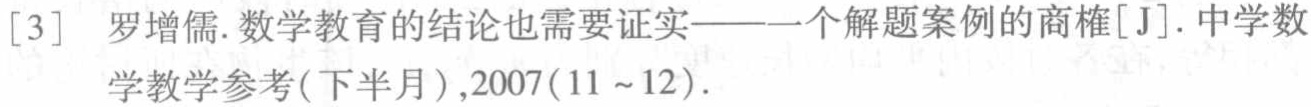
[3] 罗增儒.数学教育的结论也需要证实——一个解题案例的商榷[J].中学数学教学参考(下半月),2007(11~12).